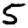
Digit: 5